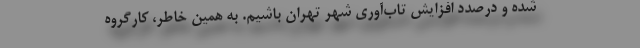
شده و درصدد افزایش تاب‌آوری شهر تهران باشیم. به همین خاطر، کارگروه